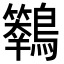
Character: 𪇙